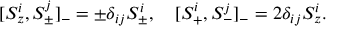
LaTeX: [ S \sp i \sb z , S \sp j \sb \pm ] \sb - = \pm \delta \sb { i j } S \sp i \sb \pm , \quad [ S \sp i \sb + , S \sp j \sb - ] \sb - = 2 \delta \sb { i j } S \sp i \sb z .